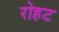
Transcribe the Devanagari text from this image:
रोहट